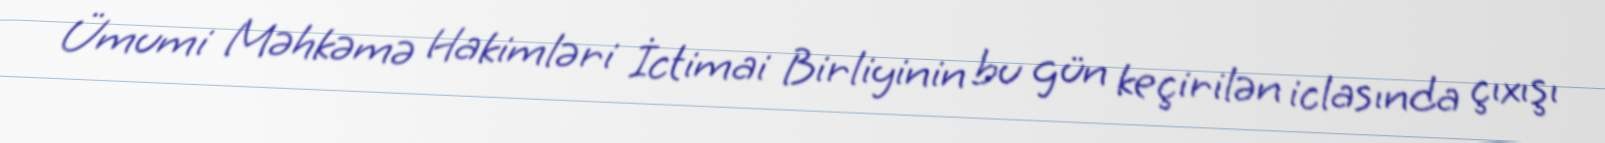
Ümumi Məhkəmə Hakimləri İctimai Birliyinin bu gün keçirilən iclasında çıxışı